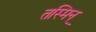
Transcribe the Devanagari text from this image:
तस्मिन्‌